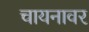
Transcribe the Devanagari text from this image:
चायनावर